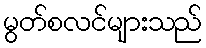
မွတ်စလင်များသည်